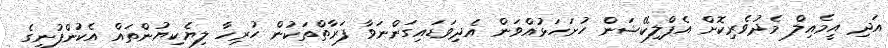
އަދި އީމެއިލް މެދުވެރިކޮށް އެޕްލިކޭޝަން ހުށަހަޅުއްވަން އެދިވަޑައިގަންނަވާ ފަރާތްތަކުން ހުރިހާ ލިޔެކިޔުންތައް އެކުންފުނީގެ